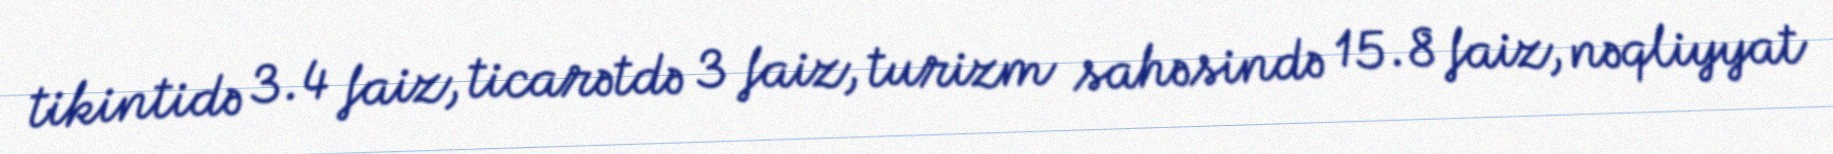
tikintidə 3.4 faiz, ticarətdə 3 faiz, turizm sahəsində 15.8 faiz, nəqliyyat